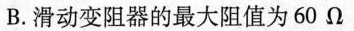
B.滑动变阻器的最大阻值为60Ω